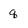
Character: q